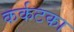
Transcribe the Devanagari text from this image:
कर्कटका